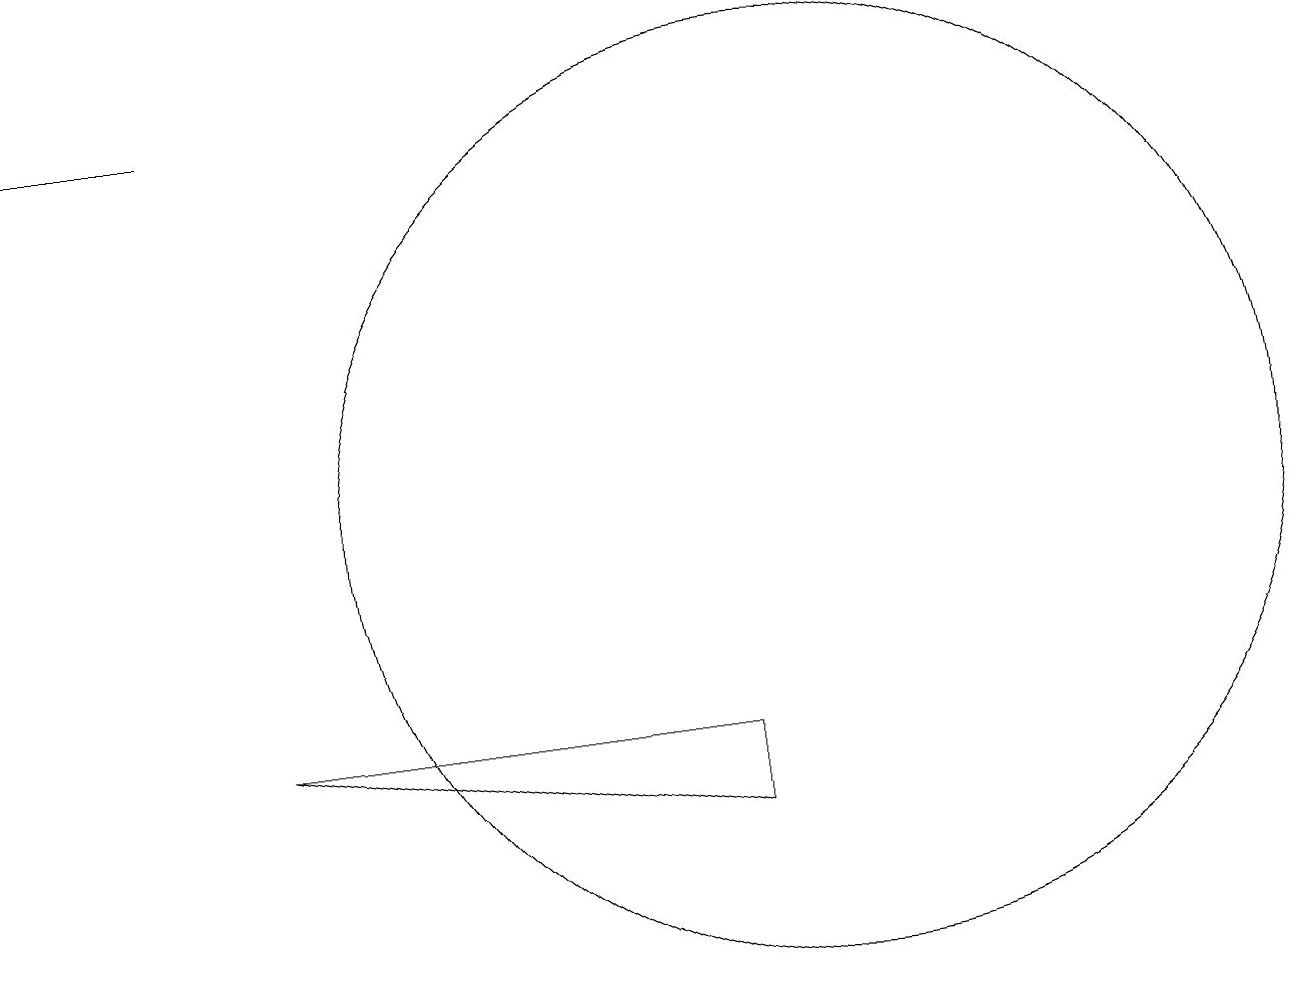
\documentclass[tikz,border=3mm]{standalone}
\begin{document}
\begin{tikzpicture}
\draw (3,8) -- (9,7) -- (9,8) -- cycle;
\draw[->] (2,16) -- (0,16);
\draw (10,11) circle (6);
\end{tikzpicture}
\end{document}